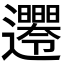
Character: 𨙘